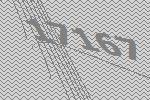
17167